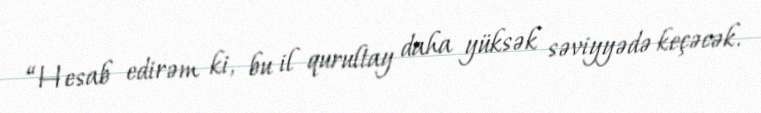
“Hesab edirəm ki, bu il qurultay daha yüksək səviyyədə keçəcək.